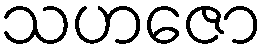
သဟဇော